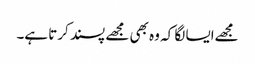
مجھےایسا لگا کہ وہ بھی مجھے پسند کرتا ہے۔